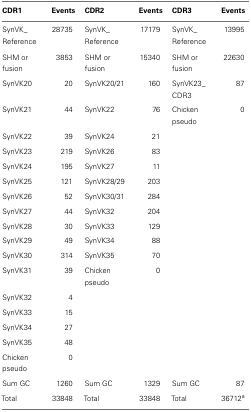
<table><thead><tr><td><b>CDR1</b></td><td><b>Events</b></td><td><b>CDR2</b></td><td><b>Events</b></td><td><b>CDR3</b></td><td><b>Events</b></td></tr></thead><tbody><tr><td>SynVK_ Reference</td><td>28735</td><td>SynVK_ Reference</td><td>17179</td><td>SynVK_ Reference</td><td>13995</td></tr><tr><td>SHM or fusion</td><td>3853</td><td>SHM or fusion</td><td>15340</td><td>SHM or fusion</td><td>22630</td></tr><tr><td>SynVK20</td><td>20</td><td>SynVK20/21</td><td>160</td><td>SynVK23_ CDR3</td><td>87</td></tr><tr><td>SynVK21</td><td>44</td><td>SynVK22</td><td>76</td><td>Chicken pseudo</td><td>0</td></tr><tr><td>SynVK22</td><td>39</td><td>SynVK24</td><td>21</td><td></td><td></td></tr><tr><td>SynVK23</td><td>219</td><td>SynVK26</td><td>83</td><td></td><td></td></tr><tr><td>SynVK24</td><td>195</td><td>SynVK27</td><td>11</td><td></td><td></td></tr><tr><td>SynVK25</td><td>121</td><td>SynVK28/29</td><td>203</td><td></td><td></td></tr><tr><td>SynVK26</td><td>52</td><td>SynVK30/31</td><td>284</td><td></td><td></td></tr><tr><td>SynVK27</td><td>44</td><td>SynVK32</td><td>204</td><td></td><td></td></tr><tr><td>SynVK28</td><td>30</td><td>SynVK33</td><td>129</td><td></td><td></td></tr><tr><td>SynVK29</td><td>49</td><td>SynVK34</td><td>88</td><td></td><td></td></tr><tr><td>SynVK30</td><td>314</td><td>SynVK35</td><td>70</td><td></td><td></td></tr><tr><td>SynVK31</td><td>39</td><td>Chicken pseudo</td><td>0</td><td></td><td></td></tr><tr><td>SynVK32</td><td>4</td><td></td><td></td><td></td><td></td></tr><tr><td>SynVK33</td><td>15</td><td></td><td></td><td></td><td></td></tr><tr><td>SynVK34</td><td>27</td><td></td><td></td><td></td><td></td></tr><tr><td>SynVK35</td><td>48</td><td></td><td></td><td></td><td></td></tr><tr><td>Chicken pseudo</td><td>0</td><td></td><td></td><td></td><td></td></tr><tr><td>Sum GC</td><td>1260</td><td>Sum GC</td><td>1329</td><td>Sum GC</td><td>87</td></tr><tr><td>Total</td><td>33848</td><td>Total</td><td>33848</td><td>Total</td><td>36712<sup>a</sup></td></tr></tbody></table>